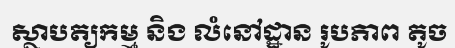
ស្ថាបត្យកម្ម និង លំនៅដ្ឋាន រូបភាព តូច